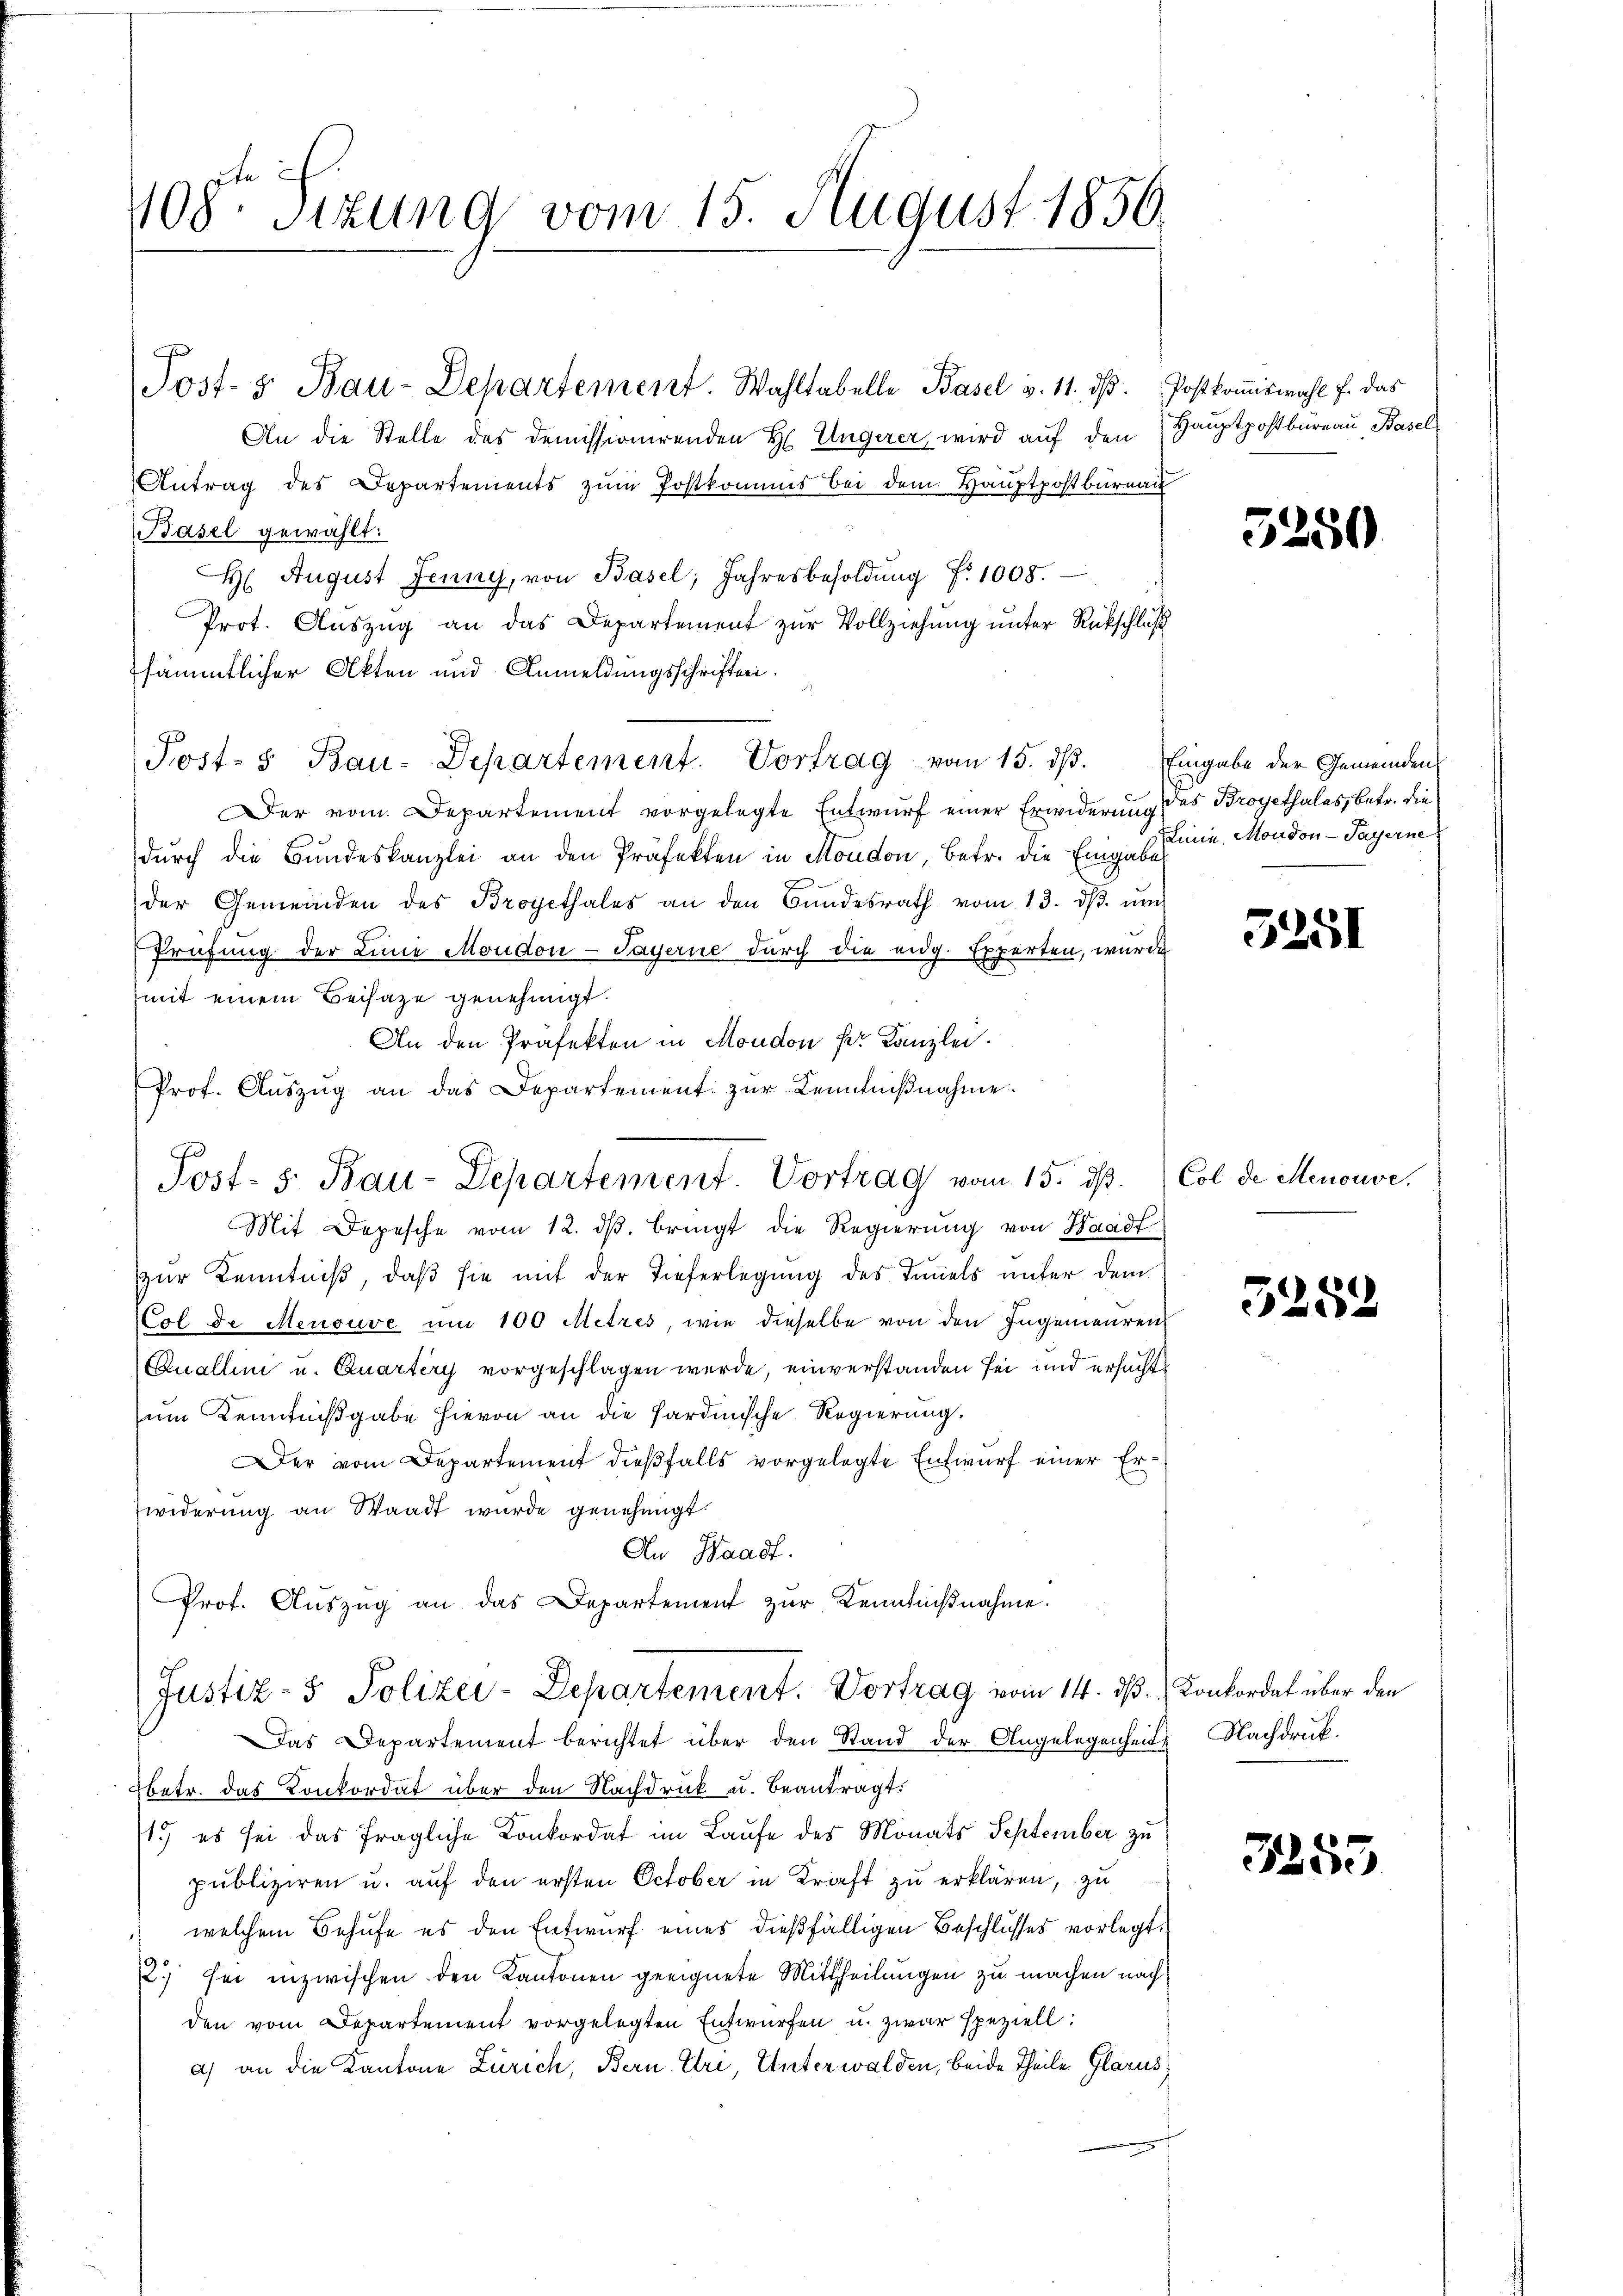
408 Sizung vom 15. August 1850

G

Post- & Bau-Departement. Wahltabelle Basel v. 11. dβ. Postkoṁiswahl f. das
An die Stelle des demissionirenden H. Ungerer wird aŭf den Haŭptpostbureau Basel
Antrag des Departements zum Postkommis bei dem Hauptpostbureau
Basel gewählt:
H. August Jenny, von Basel, Jahresbesoldŭng Nr. 1008.
Prot. Aŭszŭg an das Departement zur Vollziehung unter Rückschluß
sämmtlicher Akten und Anmeldungsschriften.
Der vom Departement vorgelegte Entwurf einer Erwiderung des Broyethales, betr. die
durch die Bundeskanzlei an den Präfekten in Mondon, betr. die Einge ses ein Mondon - Sagerne
der Gemeinden des Brogethales an den Bŭndesrath vom 13. dβ. ŭm
Prüfung der Linie Moudon-Sayerne durch die eidg. Experten, wurde
mit einem Beisaze genehmigt.
An den Präfekten in Moudon der Kanzlei.
Prof. Aŭszŭg an das Departement zŭr Kenntniβnahme.
Mit Depesche vom 12. dβ. bringt die Regierung von Waadt
zzur Kenntniß, daß sie mit der Tieferlegung des Timmels unter dem
Col de Menouve um 100 Metzes, wie dieselbe von den Ingenieuren
Quallini u. Quartery vorgeschlagen werde, einverstanden sei und ersucht
zum Kenntnißgabe hievon an die Sardinische Regierung.
Der vom Departement dießfalls vorgelegte Entwurf einer Er¬
Zwiderung an Waadt wurde genehmigt.
An Waadt.
Prot. Aŭszŭg an das Departement zur Kenntnißnahme.
Justiz- & Polizei-Departement. Vortrag vom 14. dβ. Konkordat über den
Das Departement berichtet über den Stand der Angelegenheit Nachdruck.
Betr. das Konkordat über den Nachdruck u. beantragt.
1.) es sei das fragliche Konkordat im Laufe des Monats September zu
publiziren u. auf den ersten October in Kraft zu erklären, zu
welchem Behufe es den Entwurf eines dießfälligen Beschlusses vorlegt.
12.) sei inzwischen den Kantonen geeignete Mittheilungen zu machen nach
den vom Departement vorgelegten Entwürfen u. zwar speziell:
a) an die Kantone Zürich, Bern Ehri, Unterwalden, beide Theile Glarus

Post- & Bau-Departement. Vortrag vom 15. dβ. Eingabe der Gemeinden

Jost- s. Bau-Departement. Vortrag vom 15. dß. Col de Menouve,

5250

5251

5252

3255